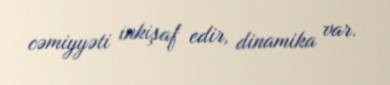
cəmiyyəti inkişaf edir, dinamika var.